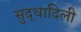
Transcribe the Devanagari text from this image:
सुद्धादिली